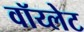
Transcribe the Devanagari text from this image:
वॉय्लेट